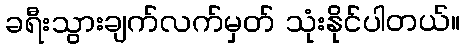
ခရီးသွားချက်လက်မှတ် သုံးနိုင်ပါတယ်။